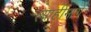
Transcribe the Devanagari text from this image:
त्याहीमागे